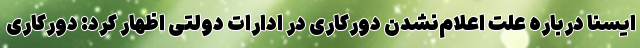
ایسنا درباره علت اعلام‌نشدن دورکاری در ادارات دولتی اظهار کرد: دورکاری